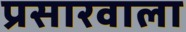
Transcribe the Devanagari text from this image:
प्रसारवाला